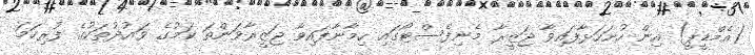
(އެމްޑީޕީ) އިން ހުށަހަޅާފައިވާ ޖަޒީރާ މެނިފެސްޓޯގައި ހިމާނާފައިވާ ޖަޒީރާވަންތަ ކަމުގެ ވައުދުތަކުގެ ފުރިހަމަ